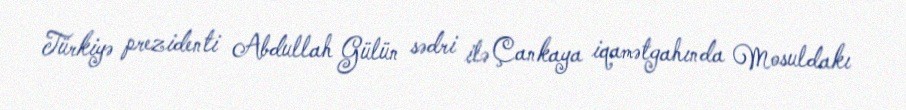
Türkiyə prezidenti Abdullah Gülün sədri ilə Çankaya iqamətgahında Mosuldakı